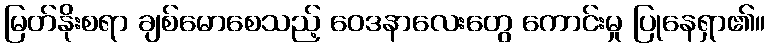
မြတ်နိုးစရာ ချစ်မောစေသည့် ဝေဒနာလေးတွေ ကောင်းမှု ပြုနေရှာ၏။